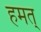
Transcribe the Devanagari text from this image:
हमत्